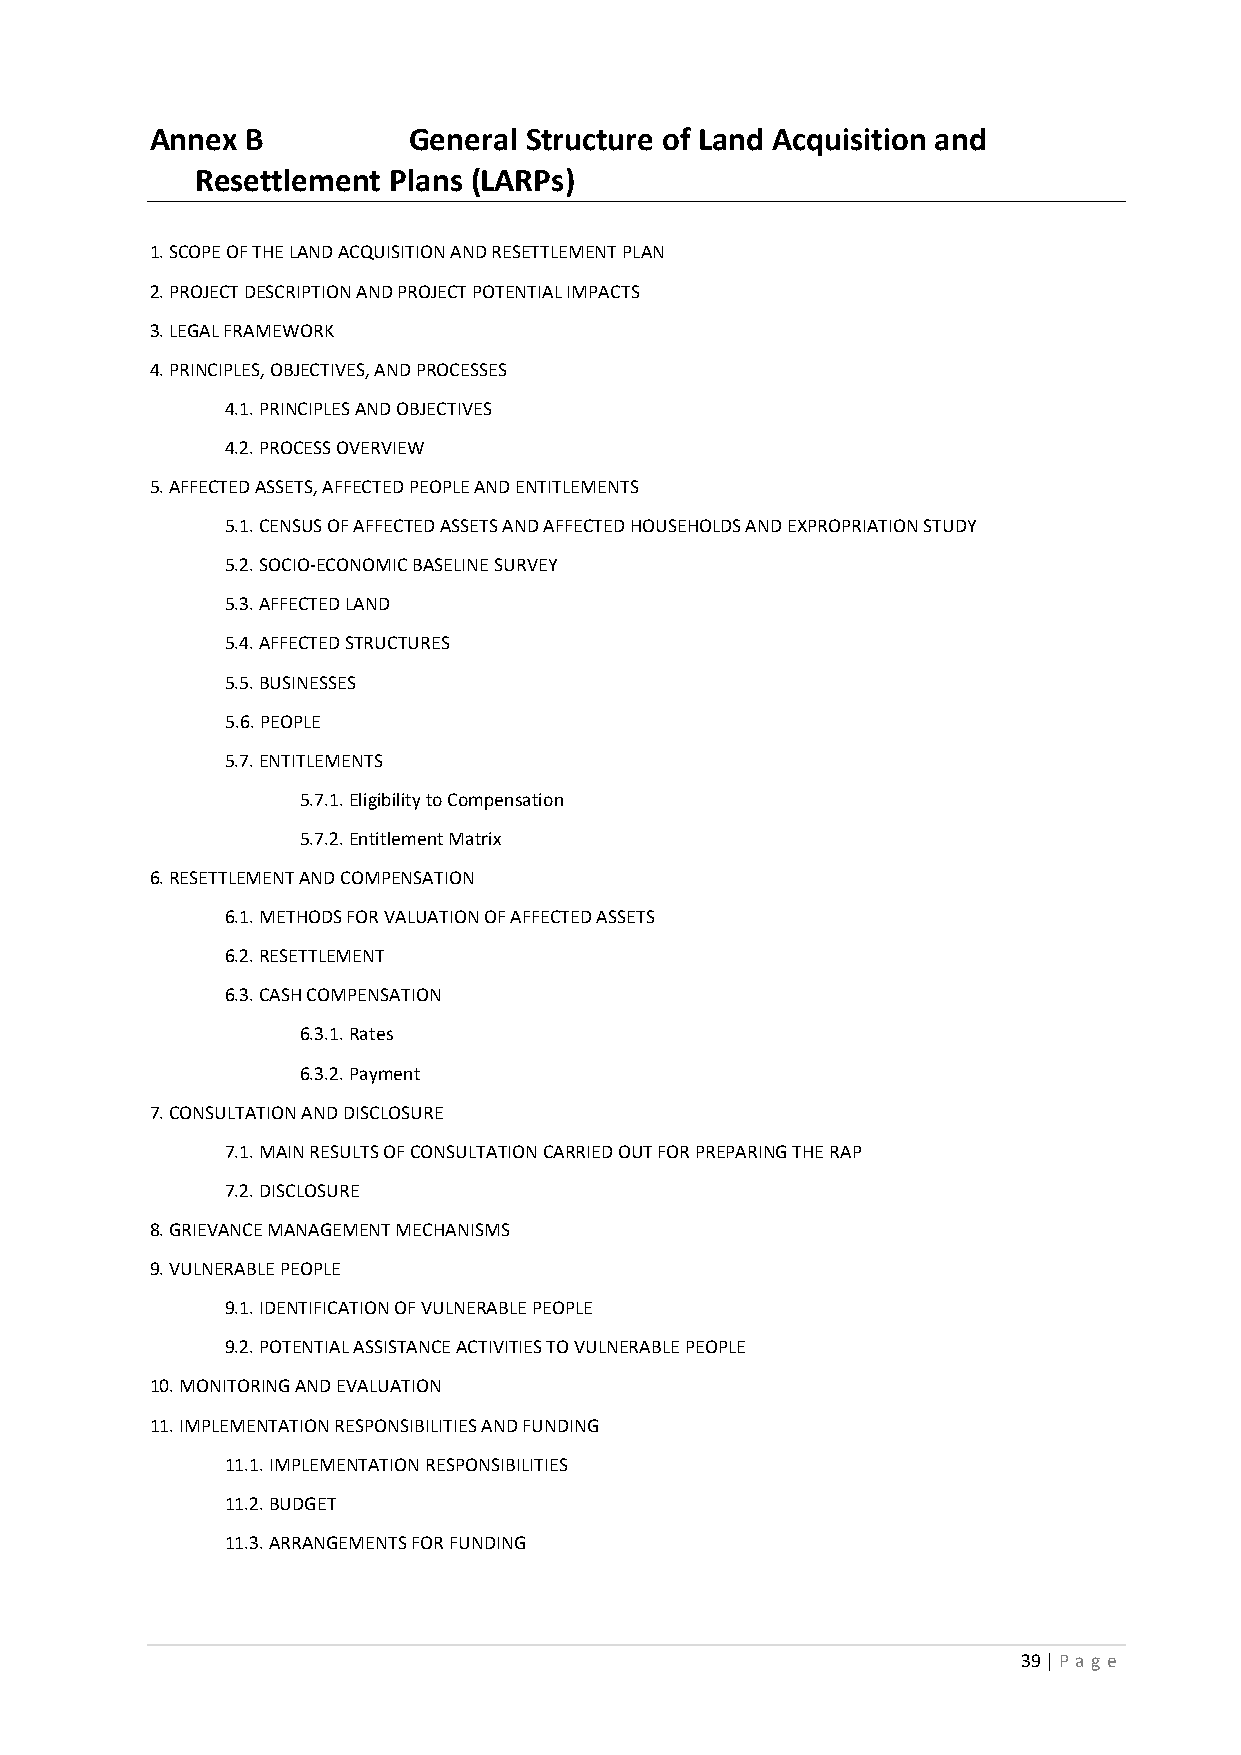
Annex B          General Structure of Land Acquisition and
 Resettlement Plans (LARPs)
 1. SCOPE OF THE LAND ACQUISITION AND RESETTLEMENT PLAN
 2. PROJECT DESCRIPTION AND PROJECT POTENTIAL IMPACTS
 3. LEGAL FRAMEWORK
 4. PRINCIPLES, OBJECTIVES, AND PROCESSES
 4.1. PRINCIPLES AND OBJECTIVES
 4.2. PROCESS OVERVIEW
 5. AFFECTED ASSETS, AFFECTED PEOPLE AND ENTITLEMENTS
 5.1. CENSUS OF AFFECTED ASSETS AND AFFECTED HOUSEHOLDS AND EXPROPRIATION STUDY
 5.2. SOCIO-ECONOMIC BASELINE SURVEY
 5.3. AFFECTED LAND
 5.4. AFFECTED STRUCTURES
 5.5. BUSINESSES
 5.6. PEOPLE
 5.7. ENTITLEMENTS
 5.7.1. Eligibility to Compensation
 5.7.2. Entitlement Matrix
 6. RESETTLEMENT AND COMPENSATION
 6.1. METHODS FOR VALUATION OF AFFECTED ASSETS
 6.2. RESETTLEMENT
 6.3. CASH COMPENSATION
 6.3.1. Rates
 6.3.2. Payment
 7. CONSULTATION AND DISCLOSURE
 7.1. MAIN RESULTS OF CONSULTATION CARRIED OUT FOR PREPARING THE RAP
 7.2. DISCLOSURE
 8. GRIEVANCE MANAGEMENT MECHANISMS
 9. VULNERABLE PEOPLE
 9.1. IDENTIFICATION OF VULNERABLE PEOPLE
 9.2. POTENTIAL ASSISTANCE ACTIVITIES TO VULNERABLE PEOPLE
 10. MONITORING AND EVALUATION
 11. IMPLEMENTATION RESPONSIBILITIES AND FUNDING
 11.1. IMPLEMENTATION RESPONSIBILITIES
 11.2. BUDGET
 11.3. ARRANGEMENTS FOR FUNDING
 39 | P a ge